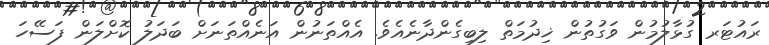
ރައުޓަރ ގުޅާލުމުން ވަގުތުން ޚިދުމަތް ލިބިގެންދާނެއެވެ. އެއްތަނުން އަނެއްތަނަށް ބަދަލު ކޮށްލަން ފަސޭހަ